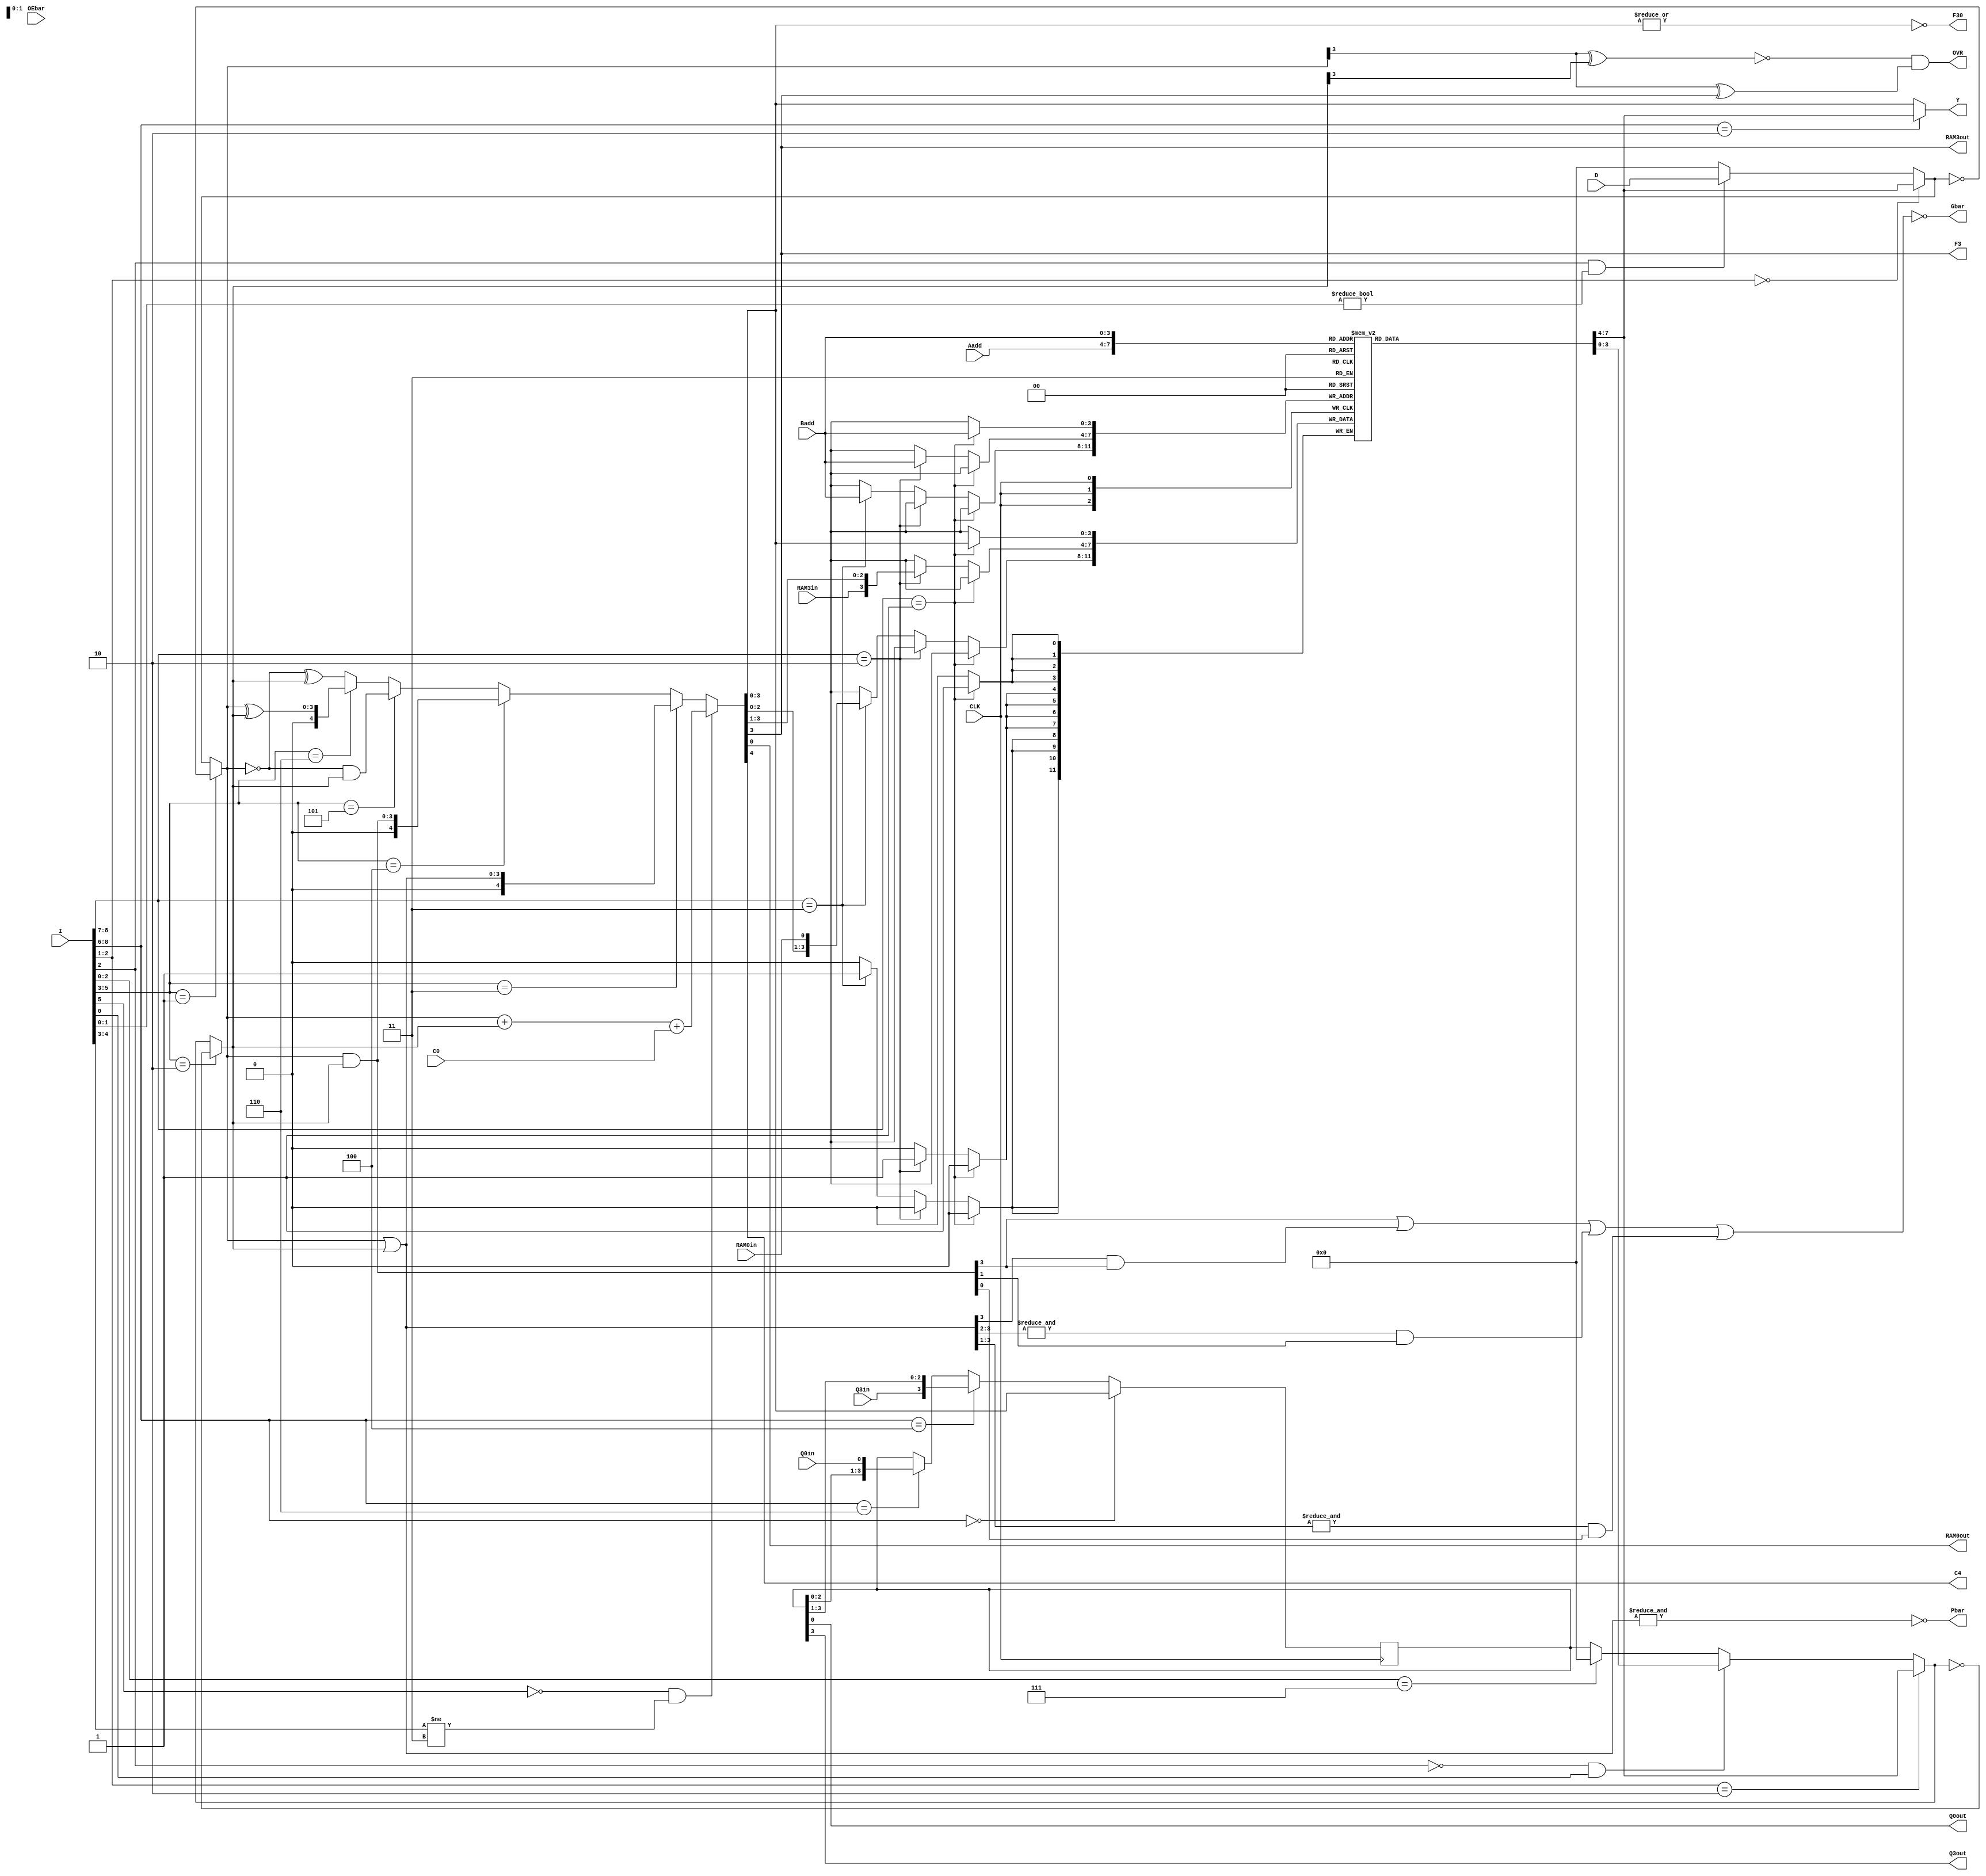
module am2901(I,Aadd,Badd,D,Y,RAM0in,RAM0out,RAM3in,RAM3out,
	      Q0in,Q0out,Q3in,Q3out,CLK,C0,OEbar,C4,Gbar,Pbar,OVR,F3,F30);
    input [8:0]	 I;
    input [3:0]	 Aadd;
    input [3:0]	 Badd;
    input [3:0]	 D;
    output [3:0] Y;
    input	 RAM0in;
    output	 RAM0out;
    input	 RAM3in;
    output	 RAM3out;
    input	 Q0in;
    output	 Q0out;
    input	 Q3in;
    output	 Q3out;
    input	 CLK;
    input	 C0;
    input	 OEbar;
    output	 C4;
    output	 Gbar;
    output	 Pbar;
    output	 OVR;
    output	 F3;
    output	 F30;

    reg [3:0]	 RAM[15:0];
    wire [3:0]	 RE;
    wire [3:0]	 S;
    wire [3:0]	 A;
    wire [3:0]	 B;
    reg [3:0]	 Q;
    wire [3:0]	 F;

    wire [4:0]	 R_ext;
    wire [4:0]	 S_ext;
    wire [4:0]	 result;
    wire [4:0]	 temp_p;
    wire [4:0]	 temp_g;

    integer	 i;

    initial begin
	Q = 4'd0;
	for (i = 0; i < 16; i = i + 1)
	    RAM[i] = 0;
    end // initial begin


    // ALU inputs.
    assign A = RAM[Aadd];
    assign B = RAM[Badd];

    assign RE = (I[2:1] == 2'd0) ? A :
	(I[2] == 1'd1 && I[1:0] != 2'd0) ? D : 4'd0;

    assign S = (I[2:1] == 2'd2) ? A :
	(I[2] == 1'd0 && I[0] == 1'd1) ? B :
	(I[2:0] == 3'd7) ? 4'd0 : Q;

    // ALU

    // To facilitate computation of carry-out "C4", we extend the chosen 
    // ALU operands "RE" and "S" (4 bit operands) by 1 bit in the MSB 
    // position. 

    // Thus the extended operands "R_EXT" and "S_EXT" (5 bit operands) are
    // formed and are used in the ALU operation. The extra bit is set to '0' 
    // initially. The ALU's extended output (5 bits long) is "result".

    assign R_ext = (I[5:3] == 3'd1) ? {1'd0,~RE} : {1'd0,RE};
    assign S_ext = (I[5:3] == 3'd2) ? {1'd0,~S} : {1'd0,S};

    // Select the ALU function.

    // In the add/subtract operations, the carry-input "C0" (1 bit) is extended
    // bits (all '0') in the more significant bits to match its length to
    // "R_ext" and "S_ext". Then, these three operands are added.

    // Add/subtract operations are done in 2's complement.

    assign result = 
	(I[5] == 1'd0 && I[4:3] != 2'd3) ? R_ext + S_ext + {4'd0,C0} :
	(I[5:3] == 3'd3) ? R_ext | S_ext :
	(I[5:3] == 3'd4) ? R_ext & S_ext :
	(I[5:3] == 3'd5) ? ~R_ext & S_ext :
	(I[5:3] == 3'd6) ? R_ext ^ S_ext : ~R_ext ^ S_ext;

    // Evaluate other ALU outputs.

    // From extended output "result" (5 bits), we obtain the normal ALU output,
    // "F" (4 bits) by leaving out the MSB (which corresponds to carry-out
    // "C4").

    // To facilitate computation of carry lookahead terms "Pbar" and "Gbar", we
    // compute intermediate terms "temp_p" and "temp_g".

    assign F = result[3:0];
    assign OVR = ~(R_ext[3] ^ S_ext[3]) & (R_ext[3] ^ result[3]);
    assign C4 = result[4];
    assign temp_p = R_ext | S_ext; // R or S may get inverted (sub)
    assign temp_g = R_ext & S_ext;
    assign Pbar = ~(&temp_p[3:0]);
    assign Gbar = ~(temp_g[3] |
		    (temp_p[3] & temp_g[3]) |
		    (&temp_p[3:2] & temp_g[1]) |
		    (&temp_p[3:1] & temp_g[0]));
    assign F3 = result[3];
    assign F30 = ~(|result[3:0]);

    always @ (posedge CLK) begin
	// RAM block.
	// Write to RAM with/without shifting. RAM destinations are 
	// addressed by "Badd".
	if (I[8:7] == 2'd1)
	    RAM[Badd] = F;
	else if (I[8:7] == 2'd2)
	    RAM[Badd] = {RAM3in,F[3:1]};
	else if (I[8:7] == 2'd3)
	    RAM[Badd] = {F[2:0],RAM0in};

	// Q register.
	// Write to Q register with/without shifting.
	if (I[8:6] == 3'd0)
	    Q = F;
	else if (I[8:6] == 3'd4)
	    Q = {Q3in,Q[3:1]};
	else if (I[8:6] == 3'd6)
	    Q = {Q[2:0],Q0in};
    end // always @ (posedge CLK)


    // Output and shifter block. We leave out the tri-state buffers.

    assign Y = (I[8:6] == 3'd2) ? A : F;
    assign RAM0out = F[0];
    assign RAM3out = F[3];
    assign Q3out = Q[3];
    assign Q0out = Q[0];

endmodule // am2901